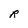
Character: R